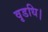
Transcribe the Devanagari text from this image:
वृडधि।